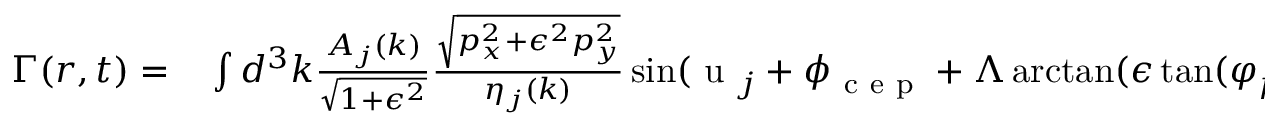
\begin{array} { r l } { \Gamma ( \boldsymbol { r } , t ) = } & { { } \int d ^ { 3 } \boldsymbol { k } \frac { A _ { j } ( \boldsymbol { k } ) } { \sqrt { 1 + \epsilon ^ { 2 } } } \frac { \sqrt { \boldsymbol { p } _ { x } ^ { 2 } + \epsilon ^ { 2 } \boldsymbol { p } _ { y } ^ { 2 } } } { \eta _ { j } ( \boldsymbol { k } ) } \sin ( \mathrm { ~ u ~ } _ { j } + \phi _ { \mathrm { ~ c ~ e ~ p ~ } } + \Lambda \arctan ( \epsilon \tan ( \varphi _ { p } ) ) ) \delta ( \boldsymbol { k } - \boldsymbol { k } _ { 0 } ) } \end{array}